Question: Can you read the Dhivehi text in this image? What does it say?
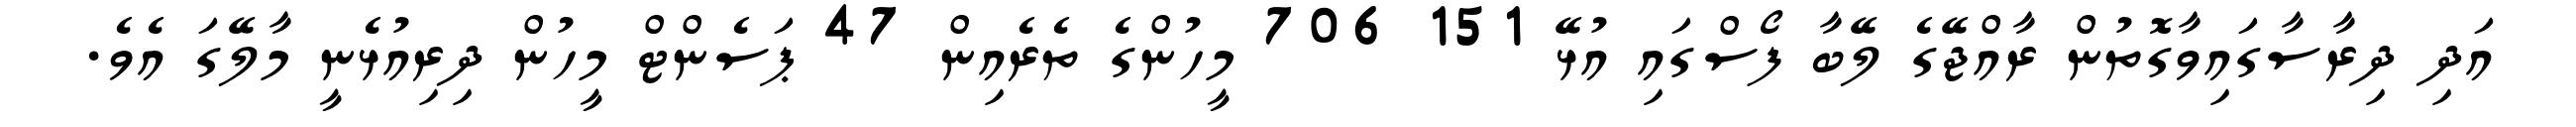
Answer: އަދި ދިރާސާގައިވާގޮތުން ރާއްޖޭގެ ލޭބާ ފޯސްގައި އުޅޭ 151 706 މީހުންގެ ތެރެއިން 47 ޕަސެންޓް މީހުން ދިރިއުޅެނީ މާލޭގަ އެވެ.